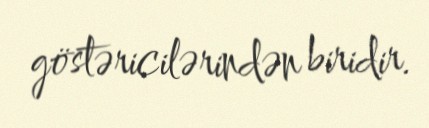
göstəricilərindən biridir.